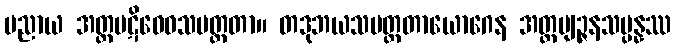
ပညာယ အတ္ထပဋိဝေဓသမတ္ထတာ။ တဒုဘယသမတ္ထတာယောဂေန အတ္ထဗျဉ္ဇနသမ္ပန္နဿ